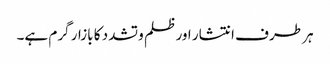
ہر طرف انتشار اور ظلم و تشدد کا بازار گرم ہے۔